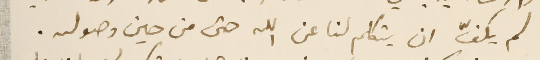
لم يكفّ ان يتكلم لنا عن الله حتى من حين وصوله.